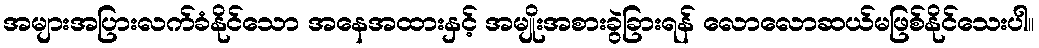
အများအပြားလက်ခံနိုင်သော အနေအထားနှင့် အမျိုးအစားခွဲခြားရန် လောလောဆယ်မဖြစ်နိုင်သေးပါ။